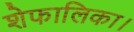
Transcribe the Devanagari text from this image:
शेफालिका।